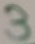
Text: 3